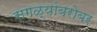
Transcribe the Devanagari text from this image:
सगळ्यांबरोबर